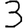
Digit: 3